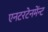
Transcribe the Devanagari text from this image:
एनटरटेनमेंन्ट